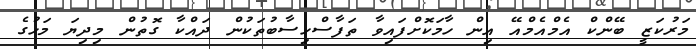
މަރުކަޒީ ބޭންކް އެމްއެމްއޭ އިން ހާމަކޮށްފައިވާ ތަފާސްހިސާބުތަކުން ދައްކާ ގޮތުން މިދިޔަ މަހުގެ